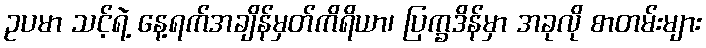
ဥပမာ သင့်ရဲ့ နေ့ရက်အချိန်မှတ်ကိရိယာ၊ ပြက္ခဒိန်မှာ အခုလို စာတမ်းများ